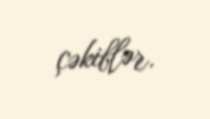
çəkiblər.